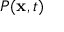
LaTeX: P ( \mathbf { x } , t )